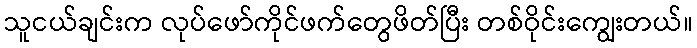
သူငယ်ချင်းက လုပ်ဖော်ကိုင်ဖက်တွေဖိတ်ပြီး တစ်ဝိုင်းကျွေးတယ်။